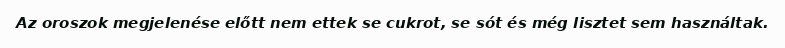
Az oroszok megjelenése előtt nem ettek se cukrot, se sót és még lisztet sem használtak.